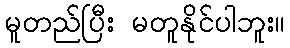
မူတည်ပြီး မတူနိုင်ပါဘူး။